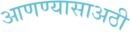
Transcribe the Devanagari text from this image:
आणण्यासाअठी